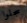
سجلوا